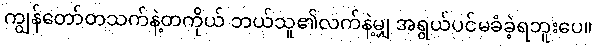
ကျွန်တော်တသက်နဲ့တကိုယ် ဘယ်သူ၏လက်နဲ့မျှ အရွယ်ပင်မခံခဲ့ရဘူးပေ။